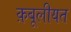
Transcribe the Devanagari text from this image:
क़बूलीयत